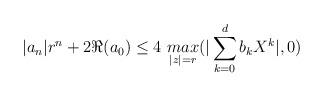
LaTeX: \begin{align*}| a_n| r^n + 2 \Re( a_0 ) \leq 4 \,\, \underset{ |z| = r}{max} ( | \sum_{k=0}^d b_k X^k |, 0 ) \end{align*}